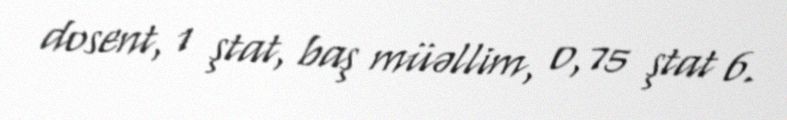
dosent, 1 ştat, baş müəllim, 0,75 ştat 6.